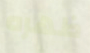
ظهره